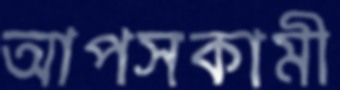
আপসকামী